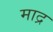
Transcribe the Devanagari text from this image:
माद्र